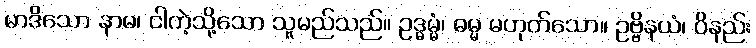
မာဒိသော နာမ၊ ငါကဲ့သို့သော သူမည်သည်။ ဥဒ္ဓမ္မံ၊ ဓမ္မ မဟုတ်သော။ ဥဗ္ဗိနယံ၊ ဝိနည်း